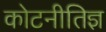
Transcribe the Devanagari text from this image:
कोटनीतिज्ञ